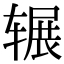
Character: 辗